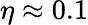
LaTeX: \eta\approx 0.1